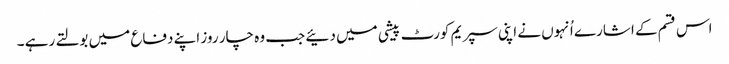
اس قسم کے اشارے اُنہوں نے اپنی سپریم کورٹ پیشی میں دئیے جب وہ چار روز اپنے دفاع میں بولتے رہے ۔